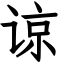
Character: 谅